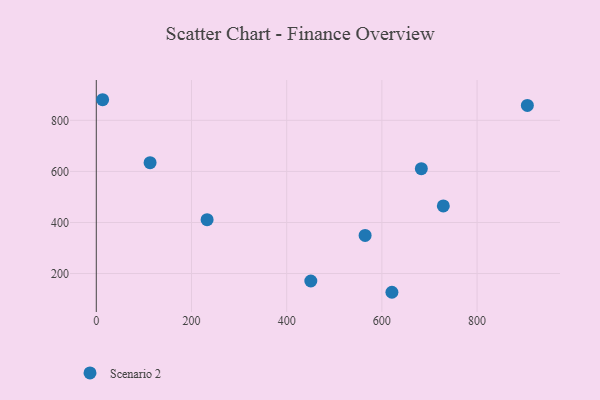
{"axis": {"x": "Ad Spend", "y": "Demand"}, "legend": ["Scenario 2"], "data": [{"x": "113.0", "y": 634.1, "type": "Scenario 2"}, {"x": "232.8", "y": 411.0, "type": "Scenario 2"}, {"x": "905.7", "y": 858.5, "type": "Scenario 2"}, {"x": "13.3", "y": 880.7, "type": "Scenario 2"}, {"x": "621.1", "y": 126.6, "type": "Scenario 2"}, {"x": "682.9", "y": 610.5, "type": "Scenario 2"}, {"x": "729.1", "y": 464.8, "type": "Scenario 2"}, {"x": "564.8", "y": 349.3, "type": "Scenario 2"}, {"x": "450.7", "y": 170.7, "type": "Scenario 2"}]}